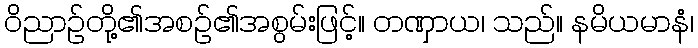
ဝိညာဉ်တို့၏အစဉ်၏အစွမ်းဖြင့်။ တဏှာယ၊ သည်။ နမိယမာနံ၊